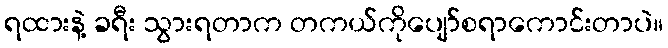
ရထားနဲ့ ခရီး သွားရတာက တကယ်ကိုပျော်စရာကောင်းတာပဲ။